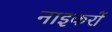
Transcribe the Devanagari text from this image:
नाइकरों